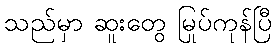
သည်မှာ ဆူးတွေ မြုပ်ကုန်ပြီ